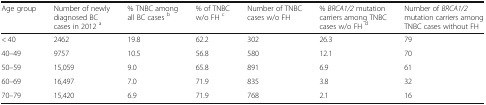
<table><thead><tr><td><b>Age group</b></td><td><b>Number of newly diagnosed BC cases in 2012 <sup>a</sup></b></td><td><b>% TNBC among all BC cases <sup>b</sup></b></td><td><b>% of TNBC w/o FH <sup>c</sup></b></td><td><b>Number of TNBC cases w/o FH</b></td><td><b>% <i>BRCA1/2</i> mutation carriers among TNBC cases w/o FH <sup>d</sup></b></td><td><b>Number of <i>BRCA1/2</i> mutation carriers among TNBC cases without FH</b></td></tr></thead><tbody><tr><td>&lt; 40</td><td>2462</td><td>19.8</td><td>62.2</td><td>302</td><td>26.3</td><td>79</td></tr><tr><td>40–49</td><td>9757</td><td>10.5</td><td>56.8</td><td>580</td><td>12.1</td><td>70</td></tr><tr><td>50–59</td><td>15,059</td><td>9.0</td><td>65.8</td><td>891</td><td>6.9</td><td>61</td></tr><tr><td>60–69</td><td>16,497</td><td>7.0</td><td>71.9</td><td>835</td><td>3.8</td><td>32</td></tr><tr><td>70–79</td><td>15,420</td><td>6.9</td><td>71.9</td><td>768</td><td>2.1</td><td>16</td></tr></tbody></table>